Lunatic asylums Punjab 1895-1910 - 1895-1910
Year: 1895
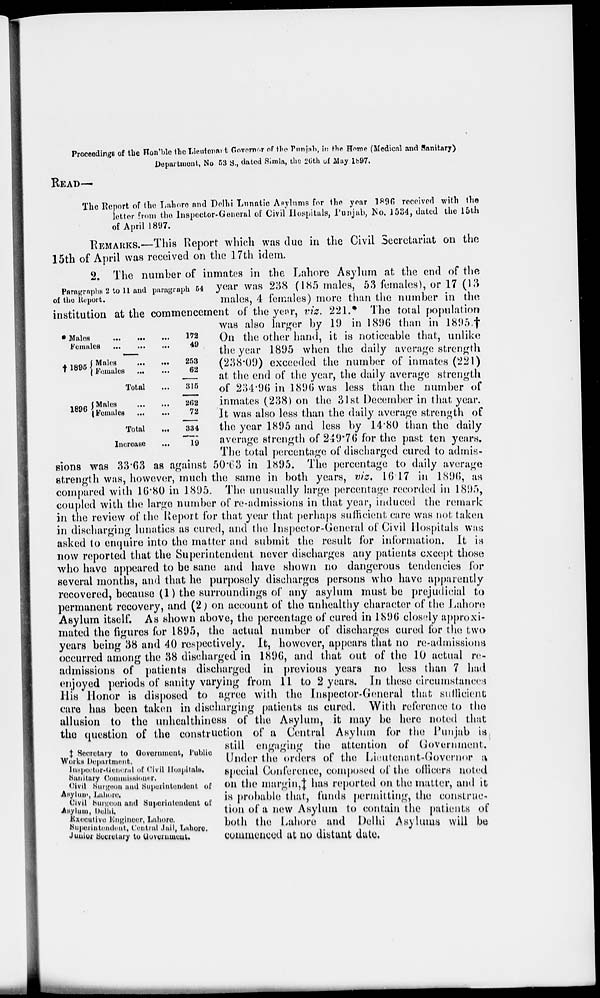
Proceedings of the Hon'ble the Lieutenant Governor of the Punjab, in the Home (Medical and Sanitary)
Department, No 53 S., dated Simla, the 26th of May 1897.
READ—
The Report of the Lahore and Delhi Lunatic Asylums for the year 1896 received with the
letter from the Inspector-General of Civil Hospitals, Punjab, No. 1534, dated the 15th
of April 1897.
REMARKS.—This Report which was due in the Civil Secretariat on the
15th of April was received on the 17th idem.
Paragraph 2 to 11 and paragraph 54
of the Report.
* Males
...
...
...
Females
...
...
...
l895 Males
...
...
Females
...
...
Total ...
1896
Males
...
...
Females ... ...
Total ...
Increase
...
172
49
253
62
315
262
72
334
19
‡ Secretary to Government, Public
Works Department.
Inspector-Jeneral of Civil Hospitals.
Sanitary Commissioner.
Civil Surgeon and Superintendent of Asylum, Lahore.
Civil Surgeon and Superintendent of
Asylum, Delhi.
Executive Engineer, Lahore.
Superintendent, Central Jail, Lahore,
Junior Secretary to Government.
2. The number of inmates in the Lahore Asylum at the end of the
year was 238 (185 males, 53 females), or 17 (13
males, 4 females) more than the number in the
institution at the commencement of the year, viz. 221.* The total population
was also larger by 19 in 1896 than in 1895.†
On the other hand, it is noticeable that, unlike
the year 1895 when the daily average strength
(238.09) exceeded the number of inmates (221)
at the end of the year, the daily average strength
of 234.96 in 1896 was less than the number of
inmates (238) on the 31st December in that year.
It was also less than the daily average strength of
the year 1895 and less by 14.80 than the daily
average strength of 249.76 for the past ten years.
The total percentage of discharged cured to admis-
sions was 33.63 as against 50.63 in 1895. The percentage to daily average
strength was, however, much the same in both years, viz. 16.17 in 1896, as
compared with 16.80 in 1895. The unusually large percentage recorded in 1895,
coupled with the large number of re-admissions in that year, induced the remark
in the review of the Report for that year that perhaps sufficient care was not taken
in discharging lunatics as cured, and the Inspector-General of Civil Hospitals was
asked to enquire into the matter and subject the result for information. It in
now reported that the Superintendent never discharges any patients except those
who have appeared to be sane and have shown no dangerous tendencies for
several months, and that he purposely discharges persons who have apparently
recovered, because (1) the surroundings of any asylum must be prejudicial to
permanent recovery, and (2) on account of the unhealthy character of the Lahore
Asylum itself. As shown above, the percentage of cured in 1896 closely approxi-
mated the figures for 1895, the actual number of discharges cured for the two
years being 38 and 40 respectively. It, however, appears that no re-admissions
occurred among the 38 discharged in 1896, and that out of the 10 actual re-
admissions of patients discharged in previous years no less than 7 had
enjoyed periods of sanity varying from 11 to 2 years. In these circumstances
His Honor is disposed to agree with the Inspector-General that sufficient
care has been taken in discharging patients as cured. With reference to the
allusion to the unhealthiness of the Asylum, it may be here noted that
the question of the construction of a Central Asylum for the Punjab is
still engaging the attention of Government.
Under the orders of the Lieutenant-Governor a
special Conference, composed of the officers noted
on the margin,‡ has reported on the matter, and it
is probable that, funds permitting, the construc-
tion of a new Asylum to contain the patients of
both the Lahore and Delhi Asylums will be
commenced at no distant date.